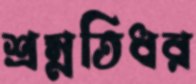
শ্রম্নতিধর